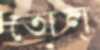
তোল্